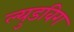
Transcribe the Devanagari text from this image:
ल्युडविग